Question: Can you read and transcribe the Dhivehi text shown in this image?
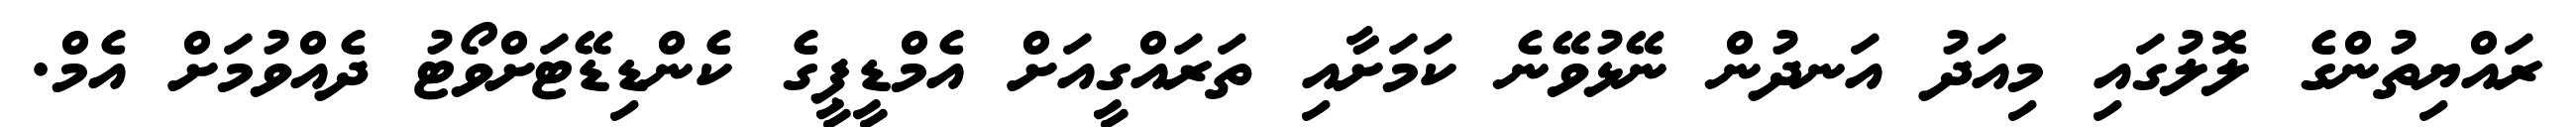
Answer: ރައްޔިތުންގެ ލޮލުގައި މިއަދު އަނދުން ނޭޅުވޭނެ ކަމަށާއި ތަރައްގީއަށް އެމްޑީޕީގެ ކެންޑިޑޭޓަށްވޯޓު ދެއްވުމަށް އެމް.